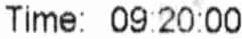
TIME: 09:20:00